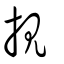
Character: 挸